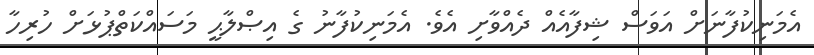
އެމަނިކުފާނަށް އަވަސް ޝިފާއެއް ދެއްވާށި އެވެ. އެމަނިކުފާނު ގެ އިޞްލާޙީ މަސައްކަތްޕުޅަށް ހުރިހާ